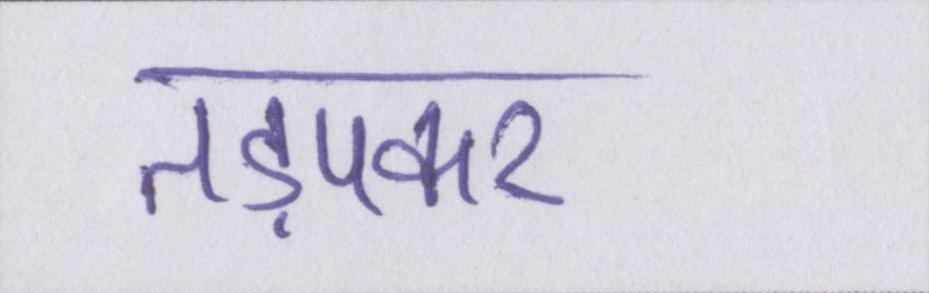
तड़पकर